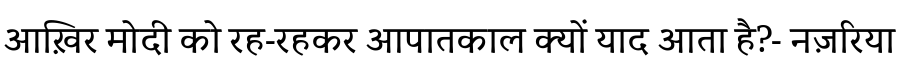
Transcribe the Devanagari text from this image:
आख़िर मोदी को रह-रहकर आपातकाल क्यों याद आता है?- नज़रिया